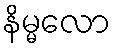
နိမ္မလော